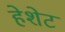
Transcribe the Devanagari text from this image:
हेशेट